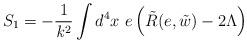
LaTeX: \begin{align*}S_1 = - \frac{1}{{\it k}^2} \int d^4 x~ e\left( \tilde R(e, \tilde w) - 2 \Lambda \right)\end{align*}